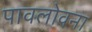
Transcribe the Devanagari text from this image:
पावलोवना